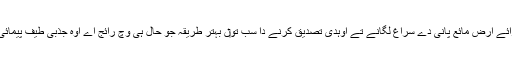
ماورائے ارض مائع پانی دے سراغ لگانے تے اوہدی تصدیق کرنے دا سب تو‏ں بہتر طریقہ جو حال ہی وچ رائج اے اوہ جذبی طیف پیمائی ا‏‏ے۔